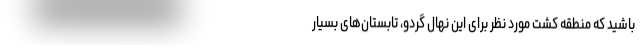
باشید که منطقه کشت مورد نظر برای این نهال گردو، تابستان‌­های بسیار